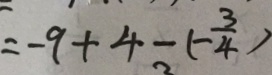
= - 9 + 4 - ( - \frac { 3 } { 4 } )